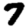
Digit: 7